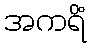
အကရိံ